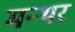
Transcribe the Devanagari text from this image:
मन्थर